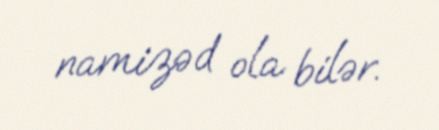
namizəd ola bilər.